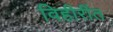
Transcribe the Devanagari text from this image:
विहीरींत